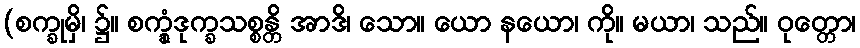
(စက္ခုမှိ၊ ၌။ စက္ခုံဒုက္ခသစ္စန္တိ အာဒိ၊ သော။ ယော နယော၊ ကို။ မယာ၊ သည်။ ဝုတ္တော၊